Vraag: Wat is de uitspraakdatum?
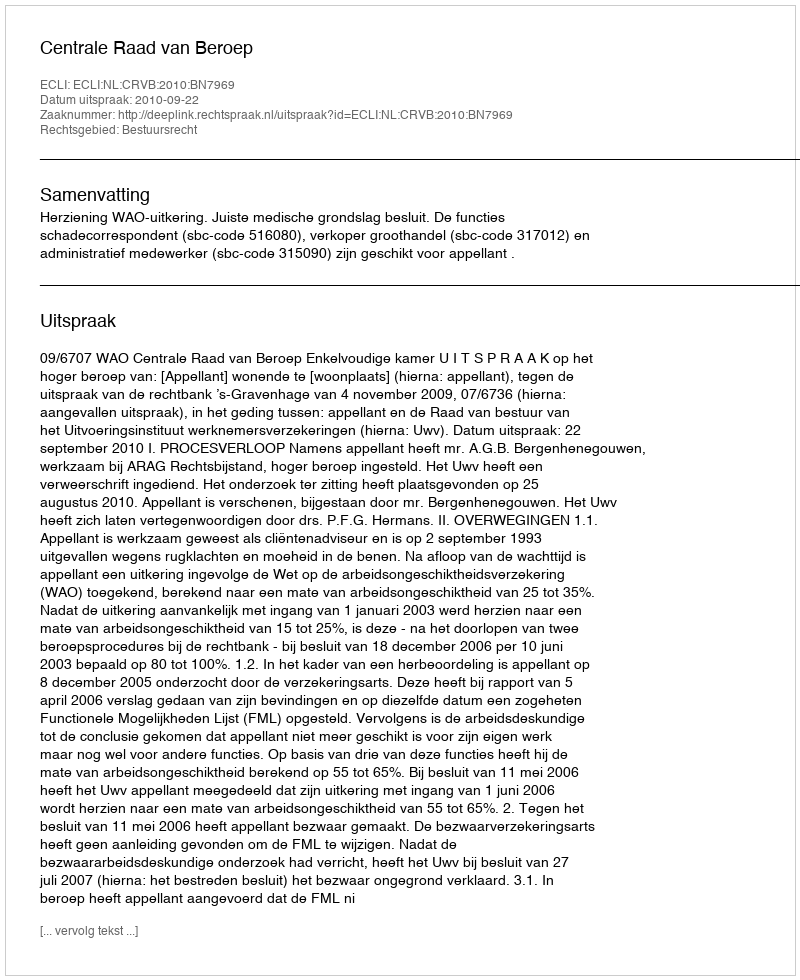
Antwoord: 2010-09-22